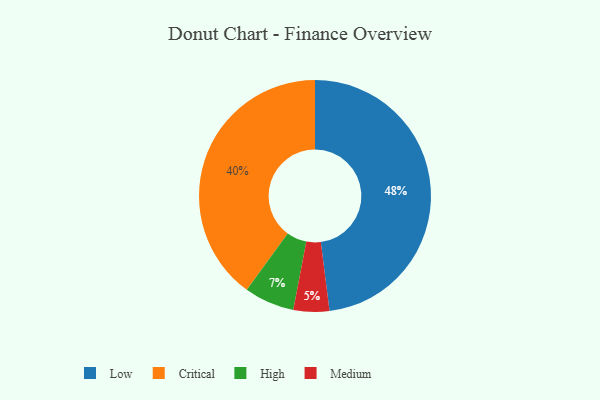
{"axis": {"x": "Category", "y": "Percentage"}, "legend": ["Critical", "High", "Low", "Medium"], "data": [{"x": "High", "y": 7, "type": "High"}, {"x": "Low", "y": 48, "type": "Low"}, {"x": "Medium", "y": 5, "type": "Medium"}, {"x": "Critical", "y": 40, "type": "Critical"}]}